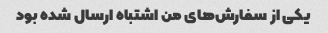
یکی از سفارش‌های من اشتباه ارسال شده بود